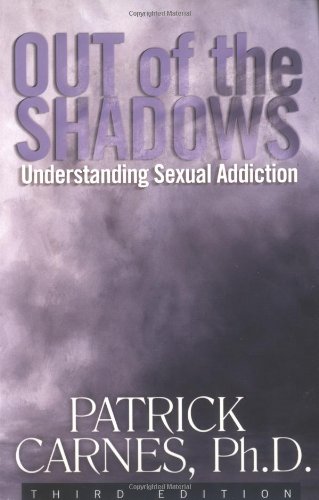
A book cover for Out of the Shadows: Understanding Sexual Addiction; Patrick J. Carnes Ph.D.; Self-Help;